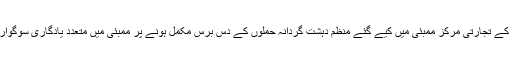
چھبیس نومبر 2008 کو بھارت کے تجارتی مرکز ممبئی میں کیے گئے منظم دہشت گردانہ حملوں کے دس برس مکمل ہونے پر ممبئی میں متعدد یادگاری سوگوار تقریبات کا انعقاد کیا جا رہا ہے۔